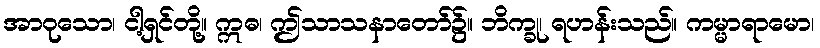
အာဝုသော၊ ငါ့ရှင်တို့။ ဣဓ၊ ဤသာသနာတော်၌။ ဘိက္ခု၊ ရဟန်းသည်။ ကမ္မာရာမော၊